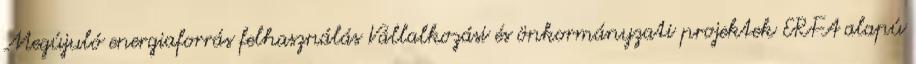
Megújuló energiaforrás felhasználás Vállalkozási és önkormányzati projektek ERFA alapú